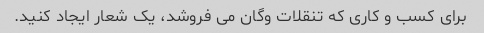
برای کسب و کاری که تنقلات وگان می فروشد، یک شعار ایجاد کنید.